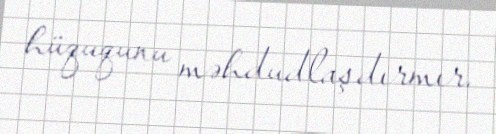
hüququnu məhdudlaşdırmır.